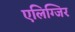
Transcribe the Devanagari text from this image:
एलिग्जिर